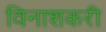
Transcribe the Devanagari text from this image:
विनाशकरी